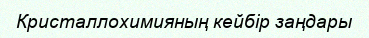
Кристаллохимияның кейбір заңдары